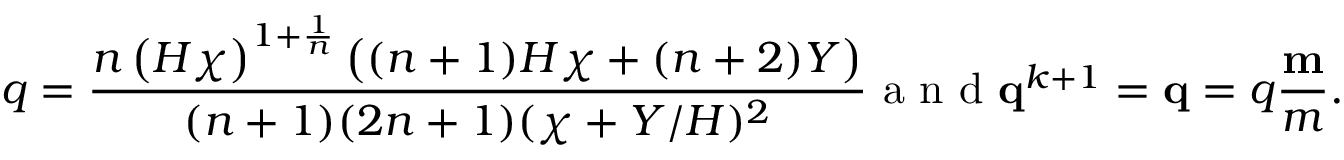
q = \frac { \displaystyle { n \left( H \chi \right) ^ { 1 + \frac { 1 } { n } } \left( ( n + 1 ) H \chi + ( n + 2 ) Y \right) } } { ( n + 1 ) ( 2 n + 1 ) ( \chi + Y / H ) ^ { 2 } } \mathrm { ~ a ~ n ~ d ~ } \mathbf { q } ^ { k + 1 } = \mathbf { q } = q \frac { \mathbf { m } } { m } .